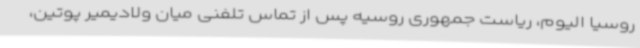
روسیا الیوم، ریاست جمهوری روسیه پس از تماس تلفنی میان ولادیمیر پوتین،